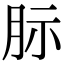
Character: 䏡